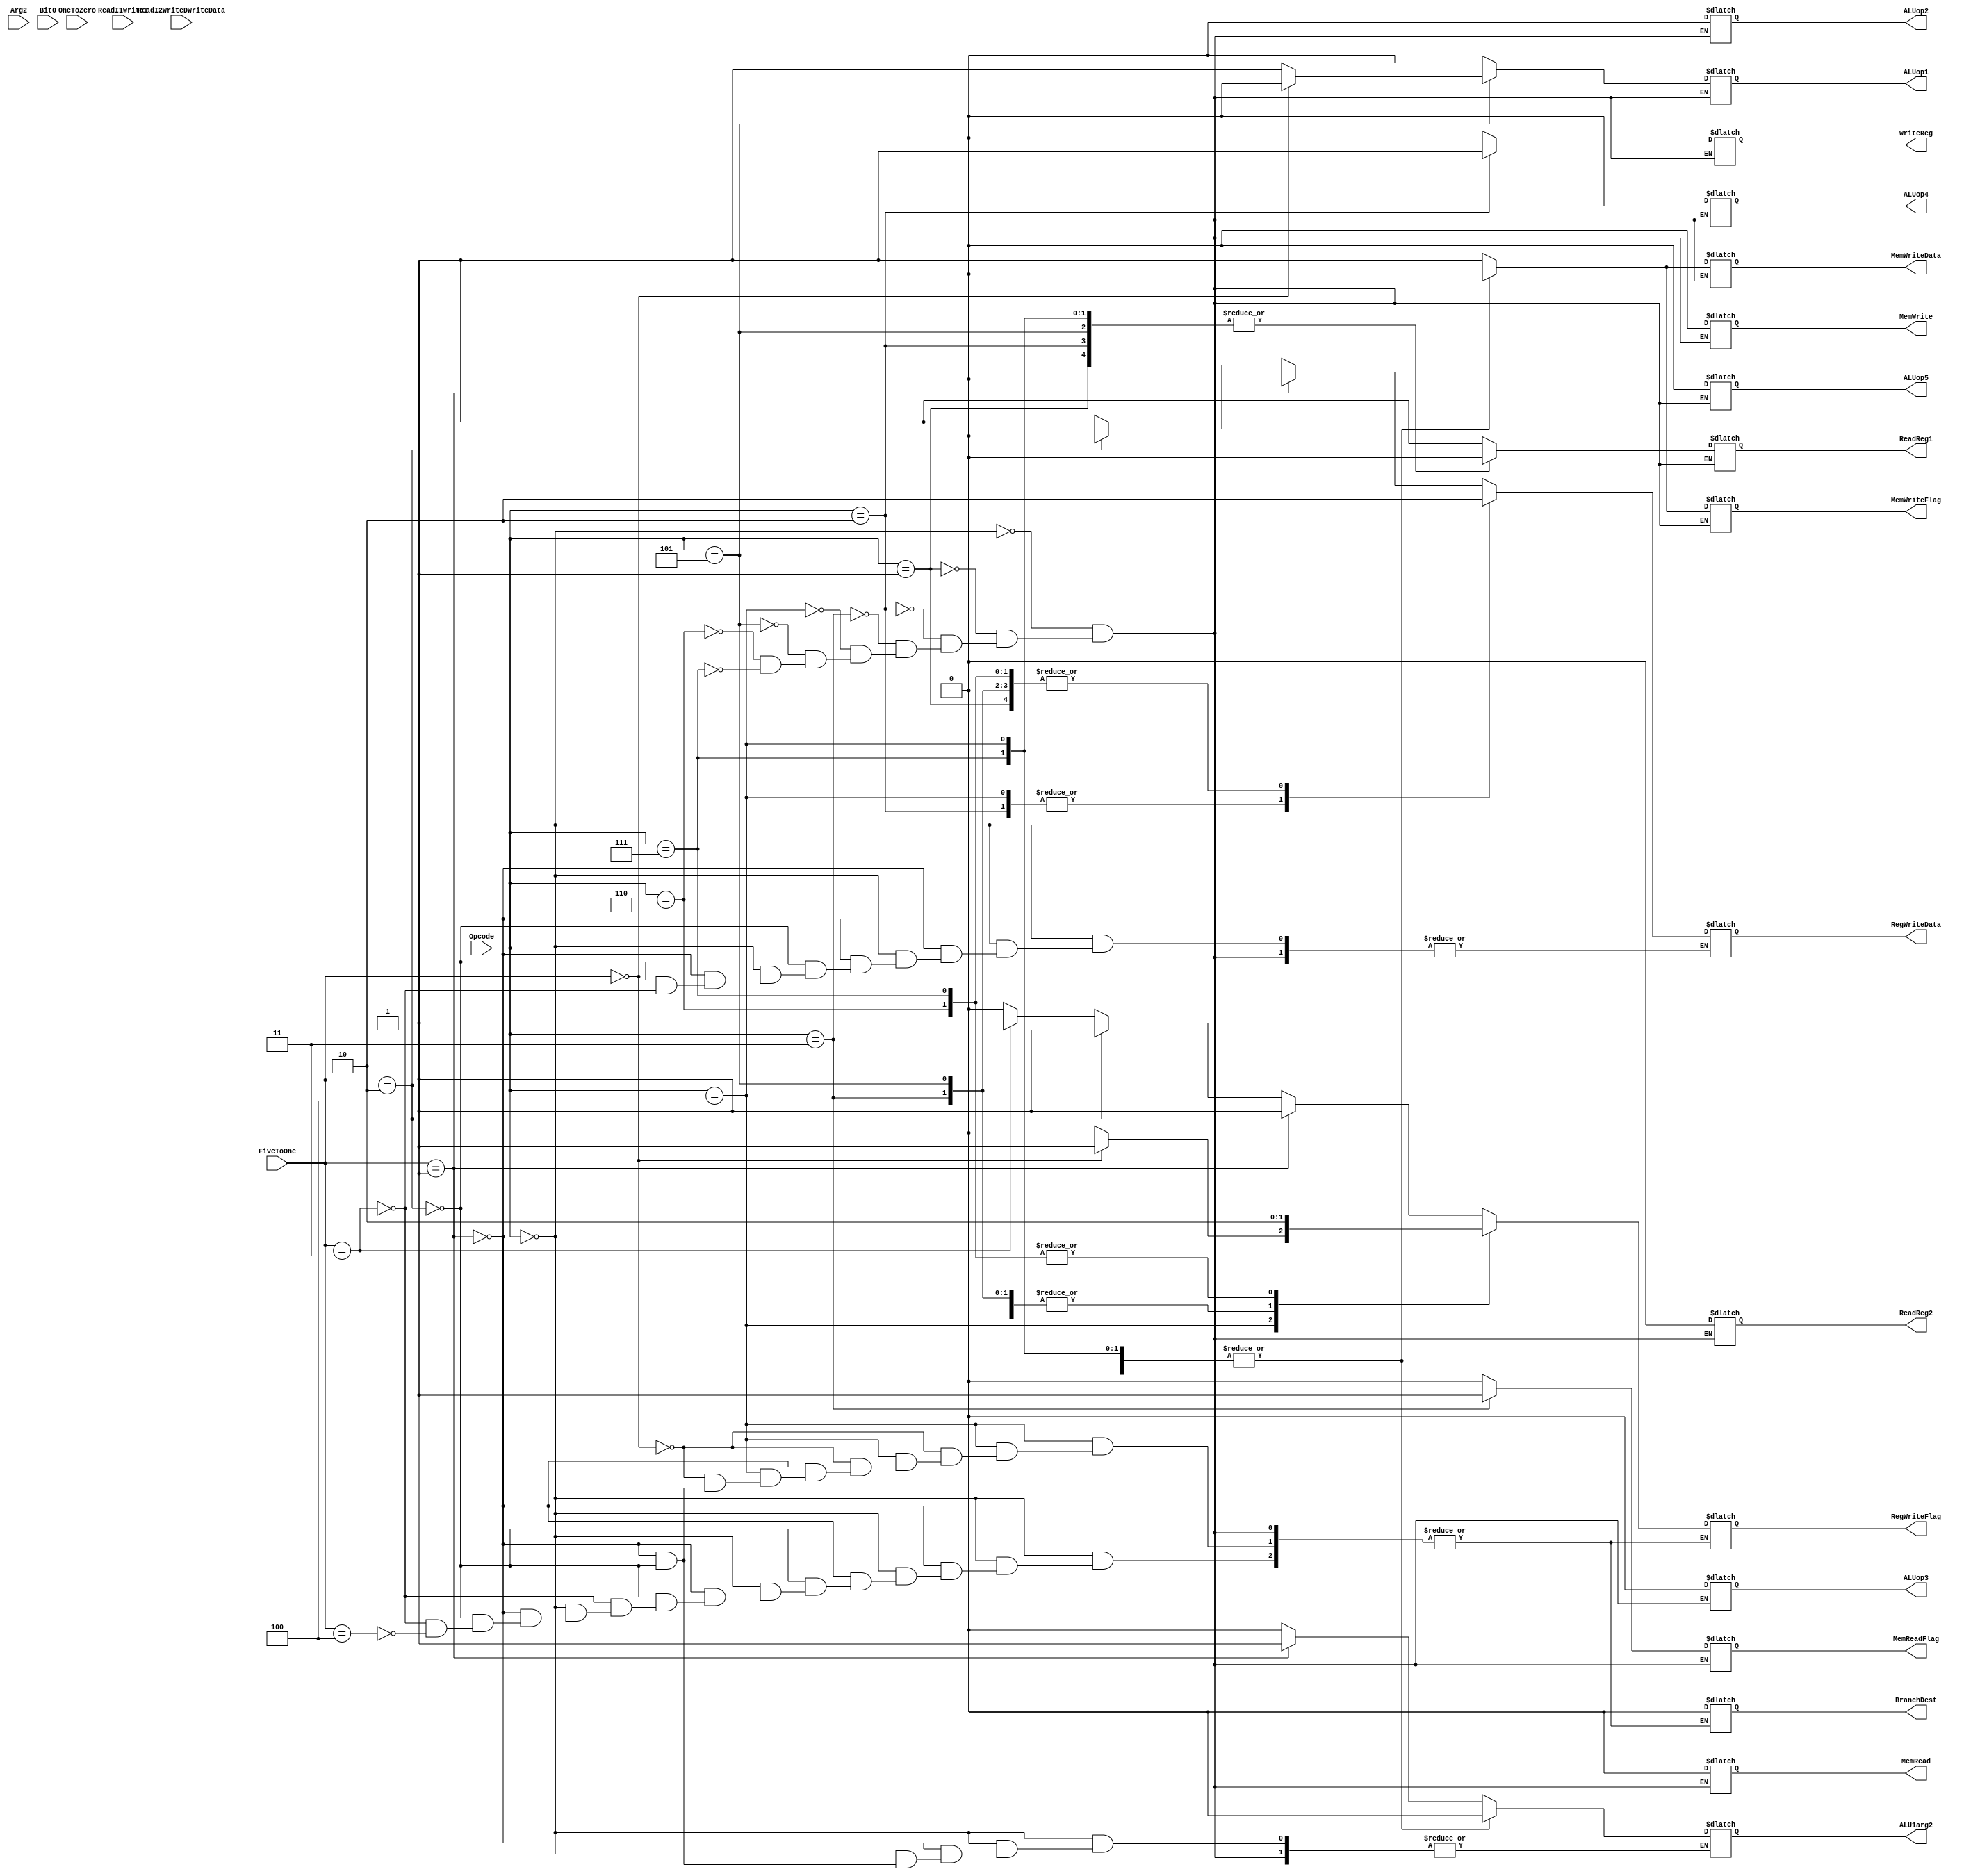
`timescale 1ns / 1ps
//////////////////////////////////////////////////////////////////////////////////
// Company: 
// Engineer: 
// 
// Design Name: 
// Module Name:    Control
// Project Name: 
// Target Devices: 
// Tool versions: 
// Description: 
//
// Dependencies: 
//
// Revision: 
// Revision 0.01 - File Created
// Additional Comments: 
//
//////////////////////////////////////////////////////////////////////////////////
module Control(

		input [3:0] Opcode,
		input [3:0] ReadI1WriteI,
		input [4:0] FiveToOne,
		input [5:0] ReadI2WriteDWriteData,
		input [1:0] OneToZero,
		input Arg2,
		input Bit0,
		output reg ReadReg1,
		output reg ReadReg2,
		output reg WriteReg,
		output reg RegWriteData,
		output reg ALU1arg2,
		output reg MemRead,
		output reg MemWrite,
		output reg MemWriteData,
		output reg BranchDest,
		output reg RegWriteFlag,
		output reg MemReadFlag,
		output reg MemWriteFlag,
		output reg ALUop1,
		output reg ALUop2,
		output reg ALUop3,
		output reg ALUop4,
		output reg ALUop5
    );

	always @(Opcode)
		begin

		case(Opcode)
			0 :						//result
			begin
			 ReadReg1 = 3;
			 ReadReg2 = 0;
			 WriteReg = 10;
			 if (FiveToOne == 1)
				begin
					ALU1arg2 = 3;
					RegWriteData = 0;
					RegWriteFlag = 1;
					BranchDest = 0;
				end
			 else if (FiveToOne == 2)
				begin
					RegWriteData = 0;
					ALU1arg2 = 4;
					RegWriteFlag = 1;
					BranchDest = 0;
				end
			 else if (FiveToOne == 3)
				begin
					RegWriteData = 5;
					RegWriteFlag = 1;
					BranchDest = 0;
				end
			 else if (FiveToOne == 4)
				begin
					BranchDest = 0;//set PC to 200 here
					RegWriteFlag = 0;
				end
			 MemRead = 0;
			 MemWrite = 2; //need to change diagram
			 MemWriteData = 1;//have to be able to get reg 15 to write to mem 10
			 MemReadFlag = 0;
			 MemWriteFlag = 1;
			 ALUop1 = 0;
			 ALUop2 = 0;
			 ALUop3 = 0;
			 ALUop4 = 0;
			 ALUop5 = 0;
			end
			1 :						//setImmediate
			begin
			//param[1] isnt going anywhere atm, it needs to go to RegWriteData
			 ReadReg1 = 0;
			 ReadReg2 = 0;
			 RegWriteData = 0; //this needs to be param[1]
			 WriteReg = 0;
			 ALU1arg2 = 0;
			 MemRead = 0;
			 MemWrite = 0;
			 MemWriteData = 0;
			 BranchDest = 0;
			 RegWriteFlag = 1;
			 MemReadFlag = 0;
			 MemWriteFlag = 0;
			 ALUop1 = 0;
			 ALUop2 = 0;
			 ALUop3 = 0;
			 ALUop4 = 0;
			 ALUop5 = 0;
			
			end
			2 :						//loadQuery
			begin
			 ReadReg1 = 0;
			 ReadReg2 = 0;
			 WriteReg = 5;
			 RegWriteData = 1;
			 ALU1arg2 = 0;
			 MemRead = 0;
			 MemWrite = 0;
			 MemWriteData = 0;
			 BranchDest = 0;
			 RegWriteFlag = 1;
			 MemReadFlag = 0;
			 MemWriteFlag = 0;
			 ALUop1 = 0;
			 ALUop2 = 0;
			 ALUop3 = 0;
			 ALUop4 = 0;
			 ALUop5 = 0;
			
			end
			3 :						//compare
			begin
			 ReadReg1 = 3;
			 ReadReg2 = 2;
			 RegWriteData = 2;
			 WriteReg = 0;//need to be able to write to reg 5, can't currently
			 ALU1arg2 = 0;
			 MemRead = 0;
			 MemWrite = 0;
			 MemWriteData = 0;
			 BranchDest = 0;//based on the output of the ALU's we have to be able to branch to specific points.
			 RegWriteFlag = 1;
			 MemReadFlag = 1;
			 MemWriteFlag = 0;
			 ALUop1 = 0;
			 ALUop2 = 0;
			 ALUop3 = 0;
			 ALUop4 = 0;
			 ALUop5 = 0;
			
			end
			4 :						//jumpBackOrInit
			begin
			 ReadReg1 = 0;
			 ReadReg2 = 0;
			 WriteReg = 4;
			 RegWriteData = 3;
			 ALU1arg2 = 0;
			 MemRead = 0;
			 MemWrite = 0;
			 MemWriteData = 0;
			 if (FiveToOne == 0)
				begin
					RegWriteFlag = 1;
					BranchDest = 0;
				end
			 else if (FiveToOne == 1)
				begin
					RegWriteFlag = 0;
					BranchDest = 2;//set PC to 22
				end
			 else if (FiveToOne == 2)
				begin
					RegWriteFlag = 0;
					BranchDest = 0;//set PC to reg 0
				end
			 MemReadFlag = 0;
			 MemWriteFlag = 0;
			 ALUop1 = 0;
			 ALUop2 = 0;
			 ALUop3 = 0;
			 ALUop4 = 0;
			 ALUop5 = 0;
			end
			5 :						//increment
			begin
			 ReadReg1 = 0;//have to be able to get param[1]
			 ReadReg2 = 0;
			 WriteReg = 0;
			 RegWriteData = 0;
			 ALU1arg2 = 0;
			 MemRead = 0;
			 MemWrite = 0;
			 MemWriteData = 0;
			 BranchDest = 0;
			 RegWriteFlag = 1;
			 MemReadFlag = 0;
			 MemWriteFlag = 0;
			 if (FiveToOne == 0)
				ALUop1 = 0;//add
			 else
				ALUop1 = 1;//sub
			 ALUop2 = 0;
			 ALUop3 = 0;
			 ALUop4 = 0;
			 ALUop5 = 0;
			end
			6 :						//ifDone
			begin
			 ReadReg1 = 3;
			 ReadReg2 = 0;
			 WriteReg = 0;
			 RegWriteData = 0;
			 ALU1arg2 = 0;//needs to be 144
			 MemRead = 0;
			 MemWrite = 0;
			 MemWriteData = 0;
			 BranchDest = 0;//have to set PC based on ALU output
			 RegWriteFlag = 0;
			 MemReadFlag = 0;
			 MemWriteFlag = 0;
			 ALUop1 = 0;
			 ALUop2 = 0;
			 ALUop3 = 0;
			 ALUop4 = 0;
			 ALUop5 = 0;
			 
			end
			7 :						//storeToZero
			begin
				ReadReg1 = 0;
			 ReadReg2 = 0;
			 WriteReg = 0;
			 RegWriteData = 0;
			 ALU1arg2 = 0;
			 MemRead = 0;
			 MemWrite = 0;
			 MemWriteData = 0;
			 BranchDest = 0;
			 RegWriteFlag = 0;
			 MemReadFlag = 0;
			 MemWriteFlag = 0;
			 ALUop1 = 0;
			 ALUop2 = 0;
			 ALUop3 = 0;
			 ALUop4 = 0;
			 ALUop5 = 0;
			 
			end
			8 :						//setArg
			begin
			
			end
			9 :						//jumpOrInitFp
			begin
			
			end
			10 :						//skipIfNotOne
			begin
			
			end
			11 : 						//push
			begin
			
			end
			12 :						//pop
			begin
			
			end
			13 :						//setTemp
			begin
			
			end
			14 :						//return	
			begin
			
			end
			
		endcase
	end		
endmodule